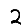
Digit: 2